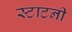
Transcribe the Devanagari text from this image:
स्टाटनी